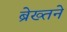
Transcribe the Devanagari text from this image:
ब्रेख्तने